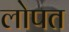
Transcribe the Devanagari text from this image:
लोपत